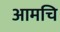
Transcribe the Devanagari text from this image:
आमचि